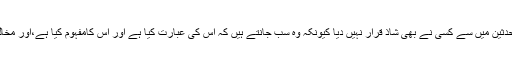
جبکہ اس حدیث کومحدثین میں سے کسی نے بھی شاذ قرار نہیں دیا کیونکہ وہ سب جانتے ہیں کہ اس کی عبارت کیا ہے اور اس کامفہوم کیا ہے،اور مخالفت بنتی ہی نہیں ہے۔